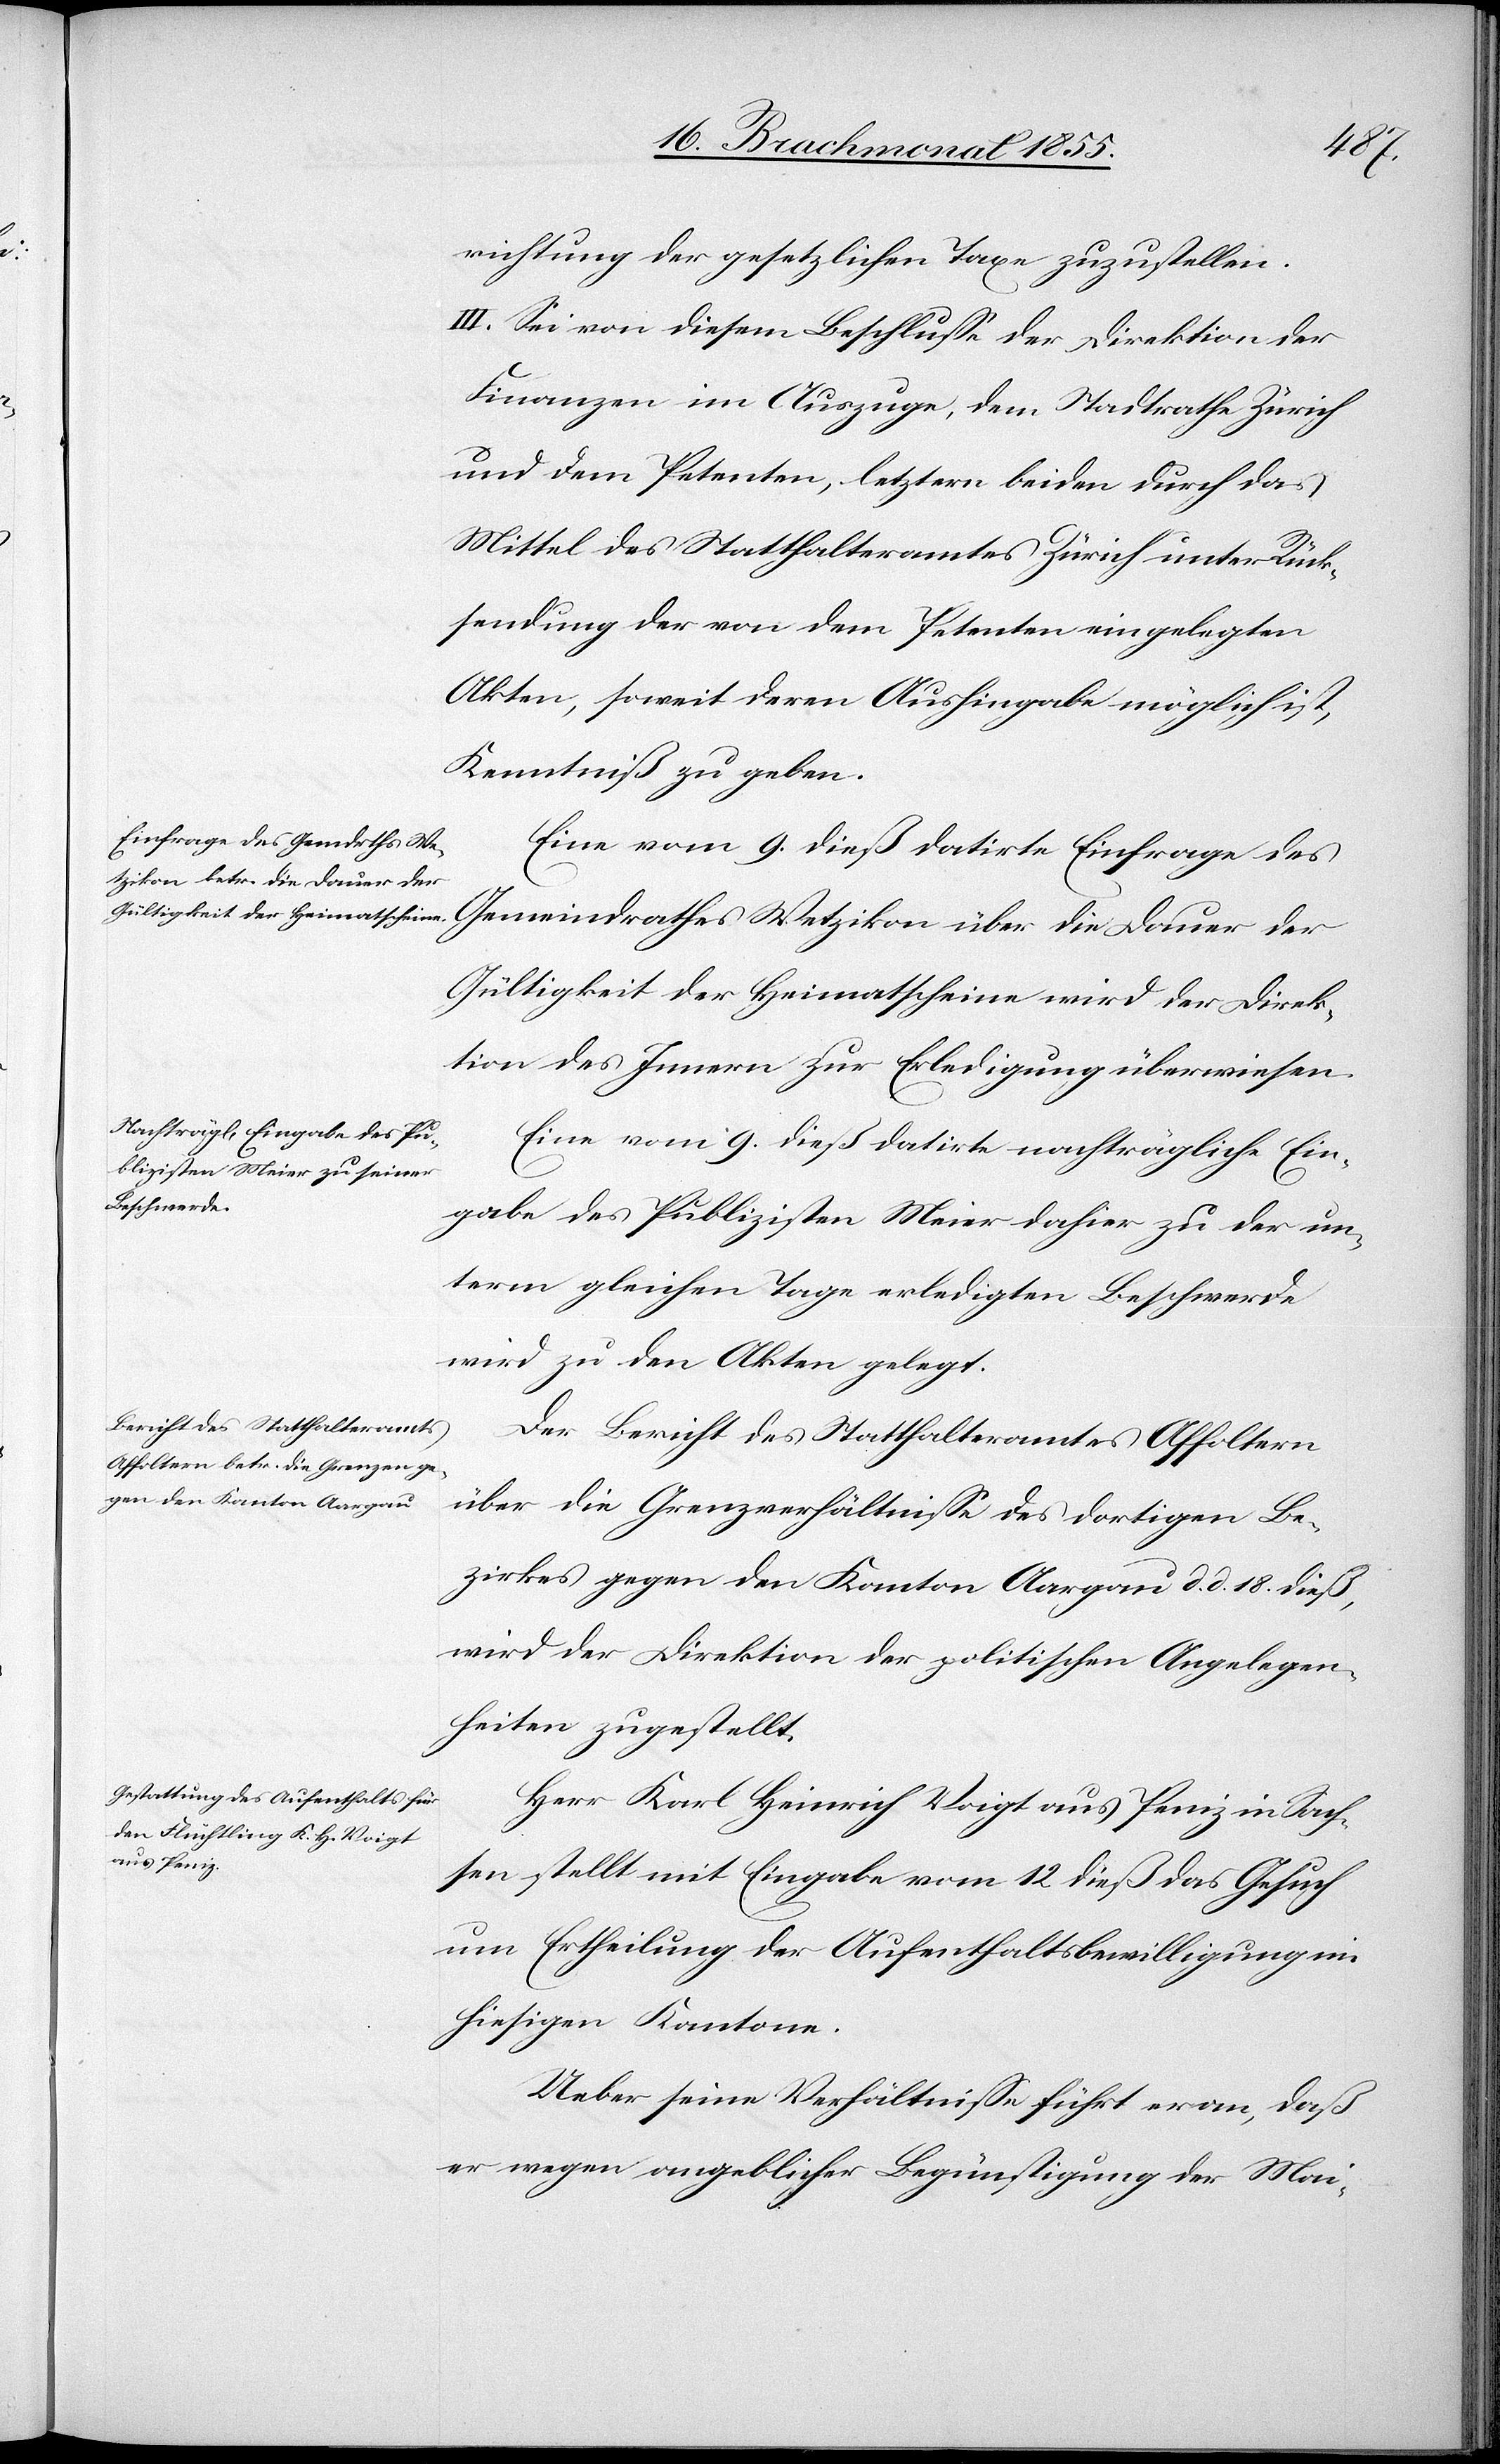
richtung der gesetzlichen Taxe zuzustellen.
III. Sei von diesem Beschlusse der Direktion der
Finanzen im Auszuge, dem Stadtrathe Zürich
und dem Petenten, letztern beiden durch das
Mittel des Statthalteramtes Zürich unter Rück¬
sendung der von dem Petenten eingelegten
Akten, soweit deren Aushingabe möglich ist,
Kenntniß zu geben.
Eine vom 9. dieß datirte Einfrage des
Gemeindrathes Wetzikon über die Dauer der
Gültigkeit der Heimatscheine wird der Direk¬
tion des Innern zur Erledigung überwiesen.
Eine vom 9. dieß datirte nachträgliche Ein¬
gabe des Publizisten Meier dahier zu der un¬
term gleichen Tage erledigten Beschwerde
wird zu den Akten gelegt.
Der Bericht des Statthalteramtes Affoltern
über die Grenzverhältnisse des dortigen Be¬
zirkes gegen den Kanton Aargau d. d. 18. dieß,
wird der Direktion der politischen Angelegen¬
heiten zugestellt.
Herr Karl Heinrich Voigt aus Peniz in Sach¬
sen stellt mit Eingabe vom 12. dieß das Gesuch
um Ertheilung der Aufenthaltsbewilligung im
hiesigen Kantone.
Ueber seine Verhältnisse führt er an, daß
er wegen angeblicher Begünstigung der Mai-